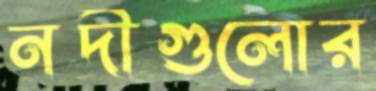
নদীগুলোর